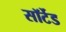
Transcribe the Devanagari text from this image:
सॉर्टेड